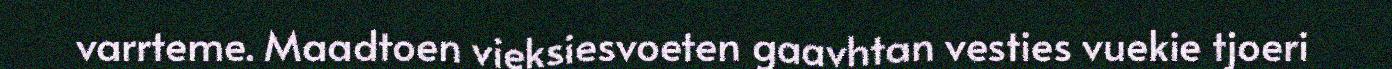
varrteme. Maadtoen vieksiesvoeten gaavhtan vesties vuekie tjoeri